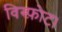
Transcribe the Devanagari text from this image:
विस्फ़ोट।